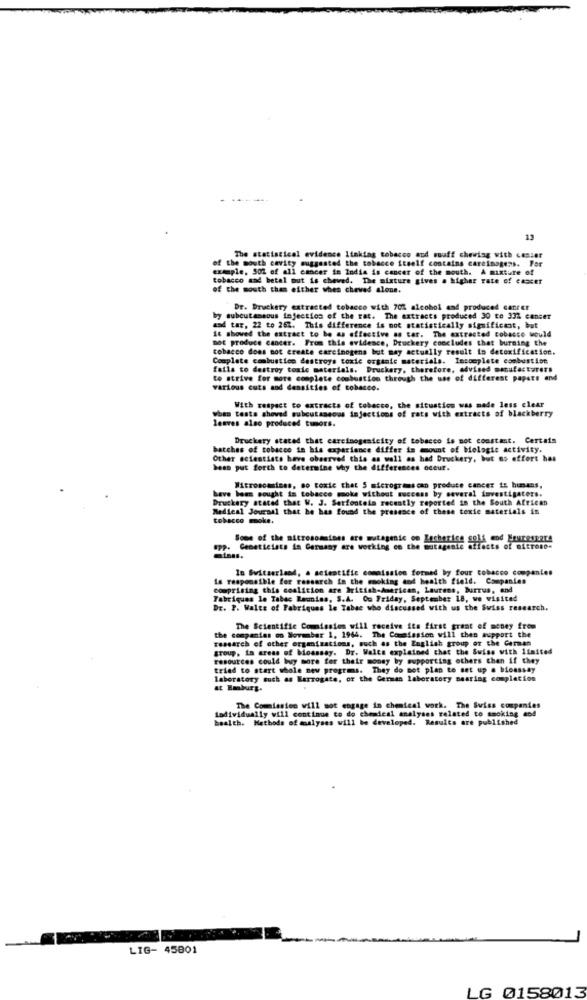
13
of the mouth cavity suggested the tobacco itself contains carcinogens. Por
The statistical evidence linking tobacco and souff chewing with cesser
example, 502 of all cancer in India is cancer of the mouth. A mixture of
tobacco and betal out is cheved. The mixture gives a higher rate of cancer
of the mouth than either whes chewed alone.
Dr. Druckery extracted tobacco with 70% alcohol and produced cancer
by subcutaneous infection of the rat. The extracts produced 30 to 332 canser
asd tar, 22 to 262. This difference is not statistically significant, but
mot produce cancer. From this evidence, Druckery concludes that burning the
it showed the extract to be as effective as tar. The extracted tobacco would
tobacco does not create carcinogens but may actually result in detoxification.
Complete combustion destroys toxic organic materials. Incomplete combustion
fails to destroy toale materials. Druckary, therefore, advised manufacturers
to strive for more complete combustion through the use of different papers and
various cuts and densities of cobasce.
when tests shoved subcutaneous injections of rats with extracts of blackberry
With respect to extracts of tobacco, the situation was made less clear
leaves also produced tumors.
Druckery stated that carcinogenicity of tobacco is not constant. Certain
batches of tobacco in his experience differ in mount of biologic activity.
Other scientists have observed this as well as had Druckery, but no effort has
been put forth to determine why the differences odeur.
have been sought in tobacco moke without success by several investigators.
Witronomises, so toxic that 5 microgramscan produce cancer is hunans,
Druckery stated that W. J. Serfontein recently reported in the South African
Medical Journal that he has found the presence of these texte materials in
tobacco moke.
Some of the nitrosomaises are mutagenic oo Lecherice self end Heurespara
upp. Geneticiats in Germany are working on the mutagenic effects of microso-
minas.
In Switzerland, a scientific commission formed by four cobacco companies
is responsible for research in the smoking and health field. Companies
comprising this coalition are British-American, Laurens, Burrus, and
Fabriques le Tabac Reunias, S.A. Om Friday, September 18, we visited
Dr. P. Walte of Fabriques le Tabac who discussed with us the Swiss research.
the companies on November 1, 1964. The Commission will then support the
The Scientific Commission will receive its first grant of money from
research of other organizations, such as the English group or the German
group, in areas of bioassay. Dr. Walts explained that the Swiss with limited
resources could buy more for their money by supporting others then if they
tried to start whole new programs. They do not plan to set up a bioassay
laboratory such as Harrogate, of the German laboratory mearing completion
at Emburg.
todividually will continue to do chemical analyses related to smoking and
The Commission will sot engage in chemical work. The Swiss companies
health. Methods of moalyses will be developed. Results are published
LIG- 45001
LG 0158013